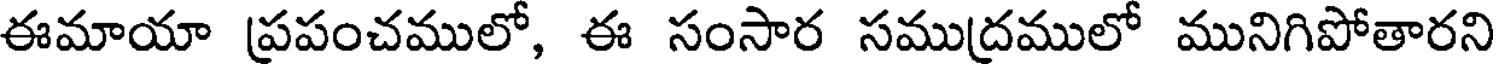
ఈమాయా ప్రపంచములో, ఈ సంసార సముద్రములో మునిగిపోతారని